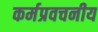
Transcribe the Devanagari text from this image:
कर्मप्रवचनीय